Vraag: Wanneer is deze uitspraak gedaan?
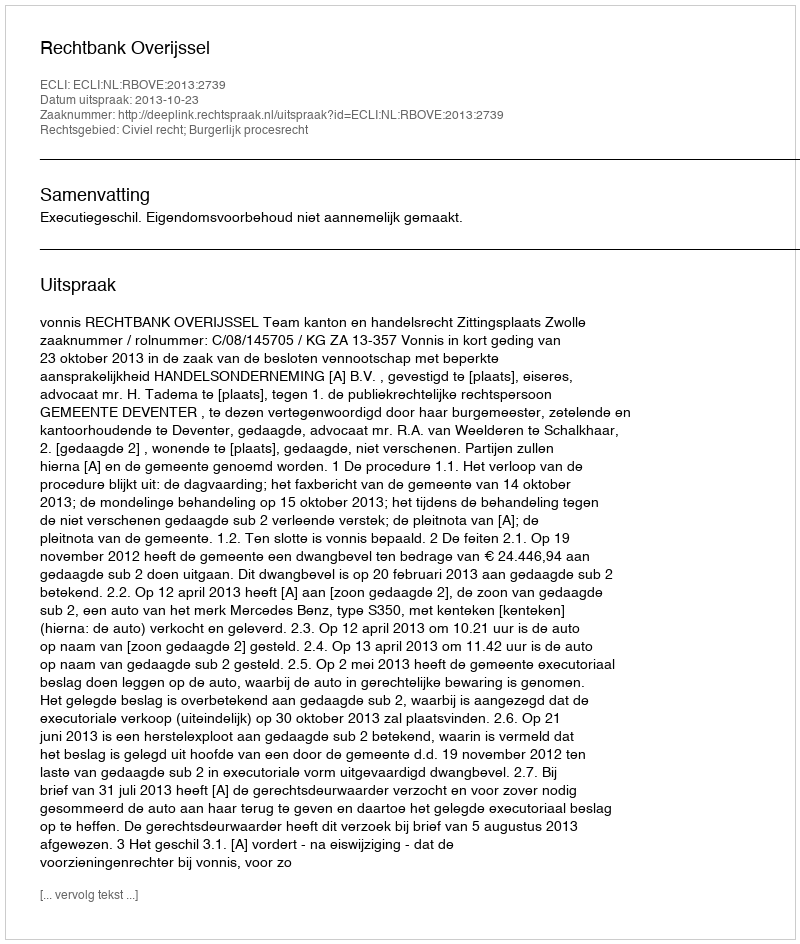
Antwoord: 2013-10-23